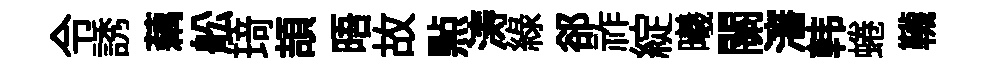
令誘藕舩𤦺頡晤故㸃涛綠郤祚綻曦關瀋韩蜷韈